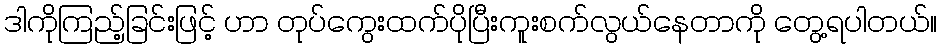
ဒါကိုကြည့်ခြင်းဖြင့် ဟာ တုပ်ကွေးထက်ပိုပြီးကူးစက်လွယ်နေတာကို တွေ့ရပါတယ်။